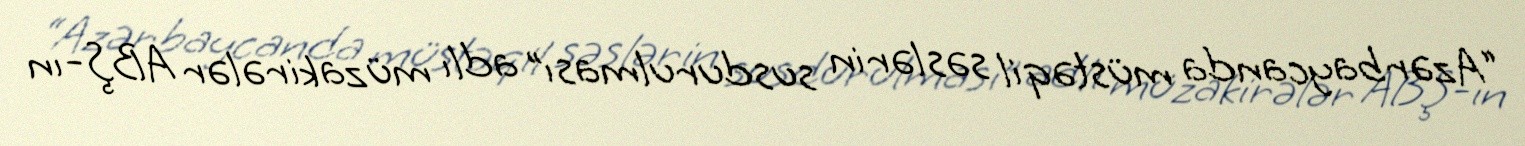
“Azərbaycanda müstəqil səslərin susdurulması” adlı müzakirələr ABŞ-ın